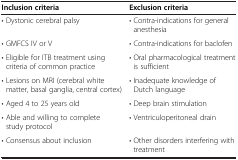
| Inclusion criteria | Exclusion criteria |
 | --- | --- |
 | • Dystonic cerebral palsy | • Contra-indications for general anesthesia |
 | • GMFCS IV or V | • Contra-indications for baclofen |
 | • Eligible for ITB treatment using criteria of common practice | • Oral pharmacological treatment is sufficient |
 | • Lesions on MRI (cerebral white matter, basal ganglia, central cortex) | • Inadequate knowledge of Dutch language |
 | • Aged 4 to 25 years old | • Deep brain stimulation |
 | • Able and willing to complete study protocol | • Ventriculoperitoneal drain |
 | • Consensus about inclusion | • Other disorders interfering with treatment |